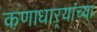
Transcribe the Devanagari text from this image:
कणाधाऱ्यांच्या